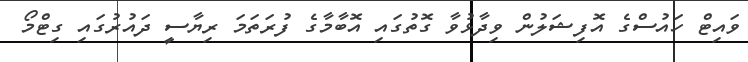
ވައިޓް ހައުސްގެ އޮފިޝަލުން ވިދާޅުވާ ގޮތުގައި އޮބާމާގެ ފުރަތަމަ ރިޔާސީ ދައުރުގައި ގިޓްމޯ